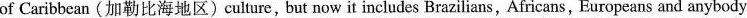
of Caribbean ( 加勒比海地区 )culture,but now it includes Brazilians,Africans,Europeans and anybody